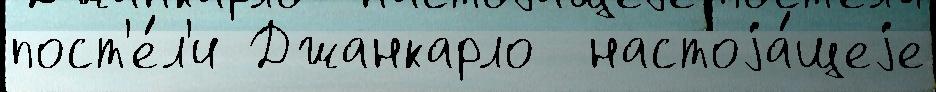
пост'е́л'и Джанкарло  настоjа́щеjе